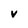
Character: V